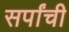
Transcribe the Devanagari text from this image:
सर्पांची